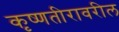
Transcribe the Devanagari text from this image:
कृष्णतीरावरील